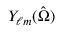
Y _ { \ell m } ( \hat { \Omega } )